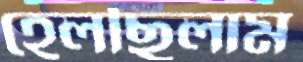
হেলছিলাম